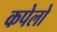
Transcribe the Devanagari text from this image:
कपेलो